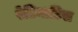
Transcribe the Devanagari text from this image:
रेटिनाटिस